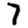
Digit: 7